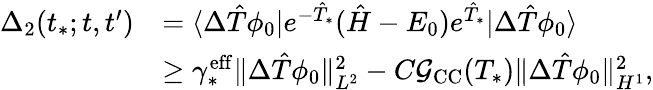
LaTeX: \begin{array}{rl}{\Delta_{2}(t_{*};t,t^{\prime})}&{=\langle\Delta\hat{T}\phi_{0}|e^{-\hat{T}_{*}}(\hat{H}-E_{0})e^{\hat{T}_{*}}|\Delta\hat{T}\phi_{0}\rangle}\\ &{\geq\gamma_{*}^{\mathrm{eff}}\Vert\Delta\hat{T}\phi_{0}\Vert_{L^{2}}^{2}-C\mathcal G_{\mathrm{CC}}(T_{*})\Vert\Delta\hat{T}\phi_{0}\Vert_{H^{1}}^{2},}\end{array}